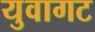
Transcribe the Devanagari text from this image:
युवागट